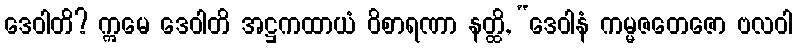
ဒေဝါတိ? ဣမေ ဒေဝါတိ အဋ္ဌကထာယံ ဝိစာရဏာ နတ္ထိ, “ဒေဝါနံ ကမ္မဇတေဇော ဗလဝါ